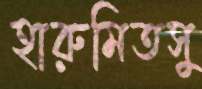
হারুমিতসু